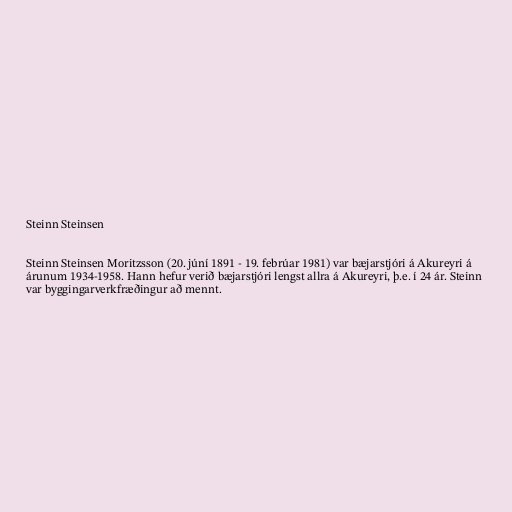
Steinn Steinsen

Steinn Steinsen Moritzsson (20. júní 1891 - 19. febrúar 1981) var bæjarstjóri á Akureyri á
árunum 1934-1958. Hann hefur verið bæjarstjóri lengst allra á Akureyri, þ.e. í 24 ár. Steinn
var byggingarverkfræðingur að mennt.